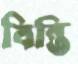
বিন্তি